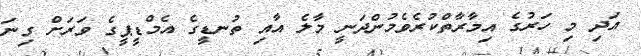
އަދި މި ހަރުގެ އިމާރާތްކުރެވެމުންދަނީ މާލެ އާއި ތުނޑީގެ އެމްޑީޕީގެ ވަރަށް ގިނަ